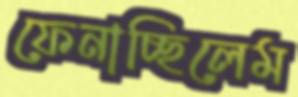
ফেনাচ্ছিলেম